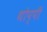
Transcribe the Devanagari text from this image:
थोप्पी